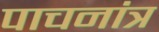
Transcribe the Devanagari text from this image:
पाचनांत्र